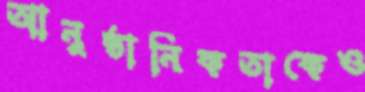
আনুষ্ঠানিকতাকেও